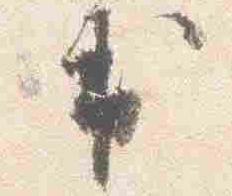
出